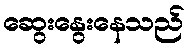
ဆွေးနွေးနေသည်